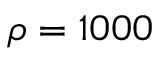
\rho = 1 0 0 0